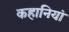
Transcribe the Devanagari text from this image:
कहानियां